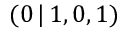
( 0 \, | \, 1 , 0 , 1 )